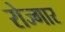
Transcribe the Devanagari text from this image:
रोज्गार